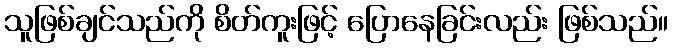
သူဖြစ်ချင်သည်ကို စိတ်ကူးဖြင့် ပြောနေခြင်းလည်း ဖြစ်သည်။